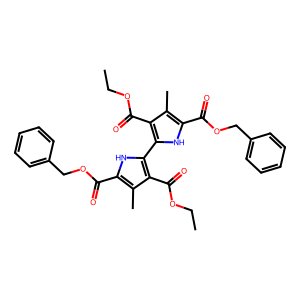
SMILES: CCOC(=O)c1c(-c2[nH]c(C(=O)OCc3ccccc3)c(C)c2C(=O)OCC)[nH]c(C(=O)OCc2ccccc2)c1C
Inhibits HIV replication: No